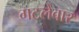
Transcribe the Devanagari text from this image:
गटलेवार